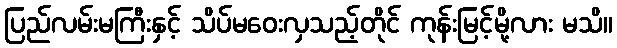
ပြည်လမ်းမကြီးနှင့် သိပ်မဝေးလှသည့်တိုင် ကုန်းမြင့်မို့လား မသိ။